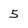
Character: 5